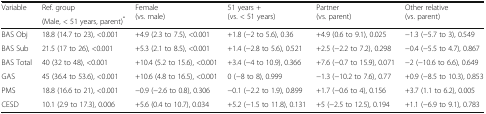
<table><thead><tr><td rowspan="2"><b>Variable</b></td><td><b>Ref. group</b></td><td rowspan="2"><b>Female (vs. male)</b></td><td rowspan="2"><b>51 years + (vs. &lt; 51 years)</b></td><td rowspan="2"><b>Partner (vs. parent)</b></td><td rowspan="2"><b>Other relative (vs. parent)</b></td></tr><tr><td><b>(Male, &lt; 51 years, parent)<sup>*</sup></b></td></tr></thead><tbody><tr><td>BAS Obj</td><td>18.8 (14.7 to 23), &lt;0.001</td><td>+4.9 (2.3 to 7.5), &lt;0.001</td><td>+1.8 (−2 to 5.6), 0.36</td><td>+4.9 (0.6 to 9.1), 0.025</td><td>−1.3 (−5.7 to 3), 0.549</td></tr><tr><td>BAS Sub</td><td>21.5 (17 to 26), &lt;0.001</td><td>+5.3 (2.1 to 8.5), &lt;0.001</td><td>+1.4 (−2.8 to 5.6), 0.521</td><td>+2.5 (−2.2 to 7.2), 0.298</td><td>−0.4 (−5.5 to 4.7), 0.867</td></tr><tr><td>BAS Total</td><td>40 (32 to 48), &lt;0.001</td><td>+10.4 (5.2 to 15.6), &lt;0.001</td><td>+3.4 (−4 to 10.9), 0.366</td><td>+7.6 (−0.7 to 15.9), 0.071</td><td>−2 (−10.6 to 6.6), 0.649</td></tr><tr><td>GAS</td><td>45 (36.4 to 53.6), &lt;0.001</td><td>+10.6 (4.8 to 16.5), &lt;0.001</td><td>0 (−8 to 8), 0.999</td><td>−1.3 (−10.2 to 7.6), 0.77</td><td>+0.9 (−8.5 to 10.3), 0.853</td></tr><tr><td>PMS</td><td>18.8 (16.6 to 21), &lt;0.001</td><td>−0.9 (−2.6 to 0.8), 0.306</td><td>−0.1 (−2.2 to 1.9), 0.899</td><td>+1.7 (−0.6 to 4), 0.156</td><td>+3.7 (1.1 to 6.2), 0.005</td></tr><tr><td>CESD</td><td>10.1 (2.9 to 17.3), 0.006</td><td>+5.6 (0.4 to 10.7), 0.034</td><td>+5.2 (−1.5 to 11.8), 0.131</td><td>+5 (−2.5 to 12.5), 0.194</td><td>+1.1 (−6.9 to 9.1), 0.783</td></tr></tbody></table>